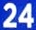
24